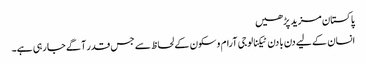
پاکستان مزید پڑھیں
انسان کے لیے دن با دن ٹیکنالوجی آرام وسکون کے لحاظ سے جس قدر آگے جا رہی ہے۔